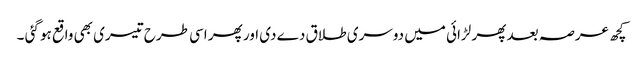
کچھ عرصہ بعد پھر لڑائی میں دوسری طلاق دے دی اور پھر اسی طرح تیسری بھی واقع ہو گئی ۔